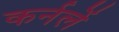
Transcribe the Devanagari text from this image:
कर्नलें